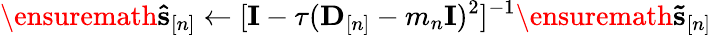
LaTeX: \ensuremath{\mathbf{\hat{s}}}_{[n]}\gets[{\mathbf I}-\tau({\mathbf D}_{[n]}-m_{n}{\mathbf I})^{2}]^{-1}\ensuremath{\mathbf{\tilde{s}}}_{[n]}